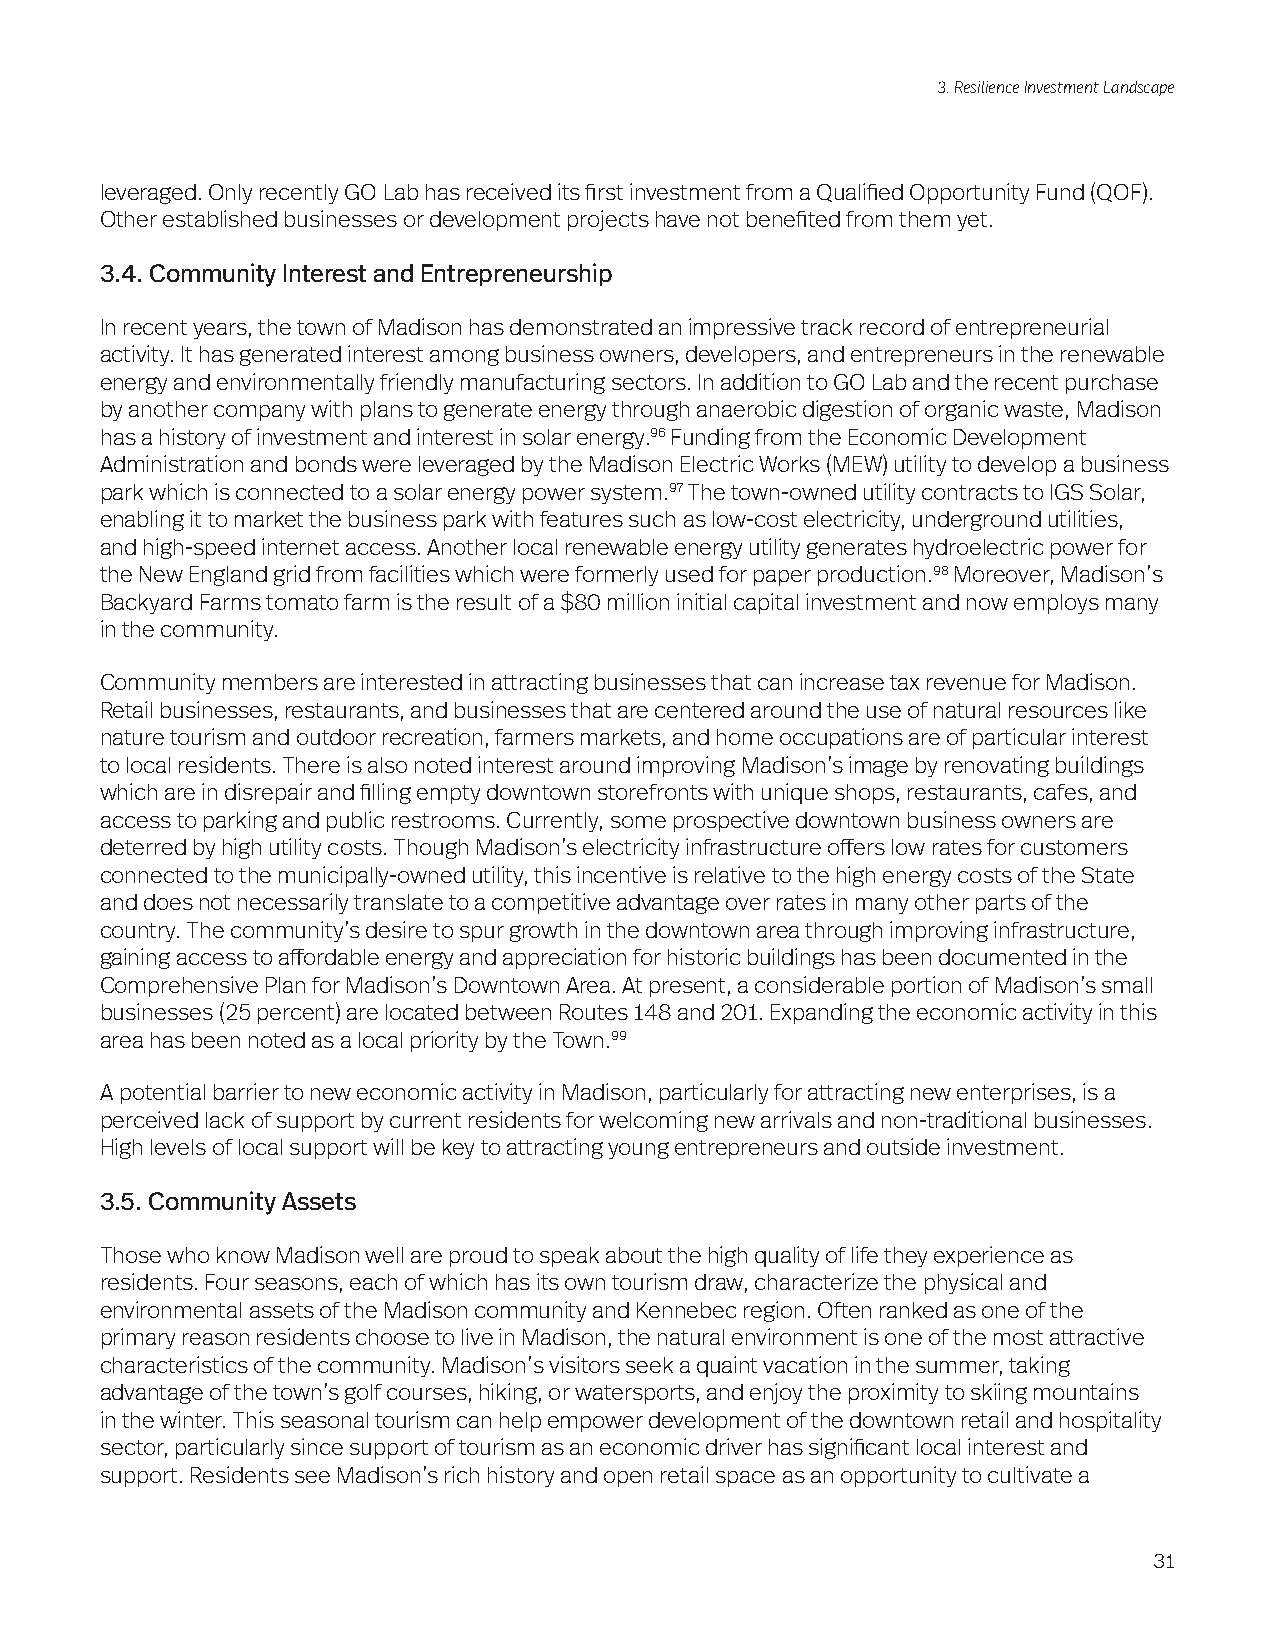
3. Resilience Investment Landscape
 leveraged. Only recently GO Lab has received its first investment from a Qualified Opportunity Fund (QOF).
 Other established businesses or development projects have not benefited from them yet.
 3.4. Community Interest and Entrepreneurship
 In recent years, the town of Madison has demonstrated an impressive track record of entrepreneurial
 activity. It has generated interest among business owners, developers, and entrepreneurs in the renewable
 energy and environmentally friendly manufacturing sectors. In addition to GO Lab and the recent purchase
 by another company with plans to generate energy through anaerobic digestion of organic waste, Madison
 has a history of investment and interest in solar energy.96 Funding from the Economic Development
 Administration and bonds were leveraged by the Madison Electric Works (MEW) utility to develop a business
 park which is connected to a solar energy power system.97 The town-owned utility contracts to IGS Solar,
 enabling it to market the business park with features such as low-cost electricity, underground utilities,
 and high-speed internet access. Another local renewable energy utility generates hydroelectric power for
 the New England grid from facilities which were formerly used for paper production.98 Moreover, Madison’s
 Backyard Farms tomato farm is the result of a $80 million initial capital investment and now employs many
 in the community.
 Community members are interested in attracting businesses that can increase tax revenue for Madison.
 Retail businesses, restaurants, and businesses that are centered around the use of natural resources like
 nature tourism and outdoor recreation, farmers markets, and home occupations are of particular interest
 to local residents. There is also noted interest around improving Madison’s image by renovating buildings
 which are in disrepair and filling empty downtown storefronts with unique shops, restaurants, cafes, and
 access to parking and public restrooms. Currently, some prospective downtown business owners are
 deterred by high utility costs. Though Madison’s electricity infrastructure offers low rates for customers
 connected to the municipally-owned utility, this incentive is relative to the high energy costs of the State
 and does not necessarily translate to a competitive advantage over rates in many other parts of the
 country. The community’s desire to spur growth in the downtown area through improving infrastructure,
 gaining access to affordable energy and appreciation for historic buildings has been documented in the
 Comprehensive Plan for Madison’s Downtown Area. At present, a considerable portion of Madison’s small
 businesses (25 percent) are located between Routes 148 and 201. Expanding the economic activity in this
 area has been noted as a local priority by the Town.99
 A potential barrier to new economic activity in Madison, particularly for attracting new enterprises, is a
 perceived lack of support by current residents for welcoming new arrivals and non-traditional businesses.
 High levels of local support will be key to attracting young entrepreneurs and outside investment.
 3.5. Community Assets
 Those who know Madison well are proud to speak about the high quality of life they experience as
 residents. Four seasons, each of which has its own tourism draw, characterize the physical and
 environmental assets of the Madison community and Kennebec region. Often ranked as one of the
 primary reason residents choose to live in Madison, the natural environment is one of the most attractive
 characteristics of the community. Madison’s visitors seek a quaint vacation in the summer, taking
 advantage of the town’s golf courses, hiking, or watersports, and enjoy the proximity to skiing mountains
 in the winter. This seasonal tourism can help empower development of the downtown retail and hospitality
 sector, particularly since support of tourism as an economic driver has significant local interest and
 support. Residents see Madison’s rich history and open retail space as an opportunity to cultivate a
 31